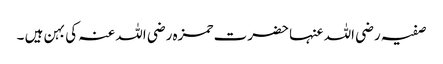
صفیہ رضی اللہ عنہا حضرت حمزہ رضی اللہ عنہ کی بہن ہیں ۔